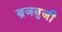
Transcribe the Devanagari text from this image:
ब्रजबुजी